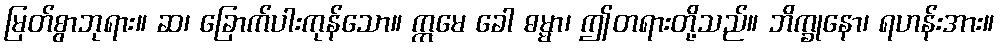
မြတ်စွာဘုရား။ ဆ၊ ခြောက်ပါးကုန်သော။ ဣမေ ခေါ ဓမ္မာ၊ ဤတရားတို့သည်။ ဘိက္ခုနော၊ ရဟန်းအား။